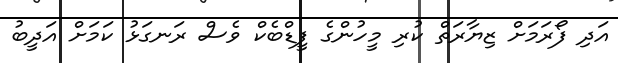
އަދި ފޯރަމަށް ޒިޔާރަތް ކުރި މީހުންގެ ފީޑްބެކް ވެސް ރަނގަޅު ކަމަށް އަދީބު